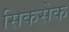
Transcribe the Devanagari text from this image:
सिकसेक